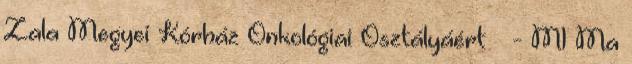
Zala Megyei Kórház Onkológiai Osztályáért – - M1 Ma